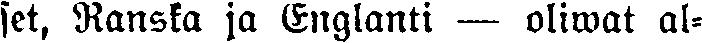
set, Ranska ja Englanti — oliwat al-